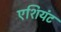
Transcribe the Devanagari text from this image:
एशियंट